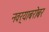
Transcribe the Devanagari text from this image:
नवर्‍याबरोबर